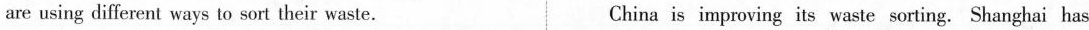
are using different ways to sort their waste. China is improving its waste sorting. Shanghai has